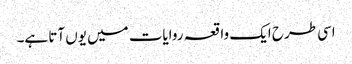
اسی طرح ایک واقعہ روایات میں یوں آتا ہے۔